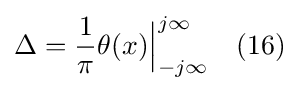
\Delta ={\frac {1}{\pi }}\theta (x){\Big |}_{-j\infty }^{j\infty }\quad (16)